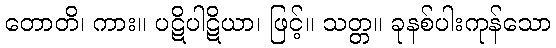
တောတိ၊ ကား။ ပဋိပါဋိယာ၊ ဖြင့်။ သတ္တ။ ခုနစ်ပါးကုန်သော